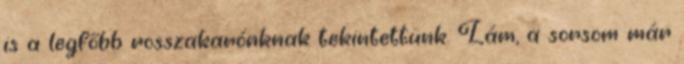
is a legfőbb rosszakarónknak tekintettünk. Lám, a sorsom már